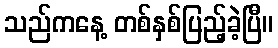
သည်ကနေ့ တစ်နှစ်ပြည့်ခဲ့ပြီ။